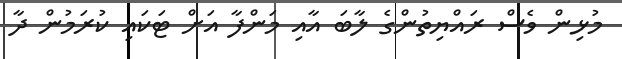
މުޅިން ވެސް ރައްޔިތުންގެ ލާބަ އާއި މަންފާ އަށް ޓަކައި ކުރަމުން ދާ